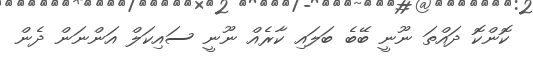
ކޮންކޮ ދައްތަ ނޫނީ ބޭބެ ބަލައި ކާރެއް ނޫނީ ސައިކަލް އަންނަން ދެން